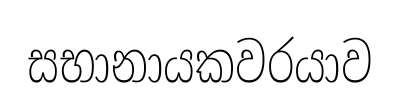
සභානායකවරයාව